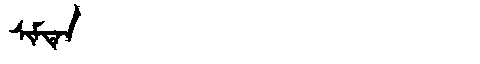
Manchu: ᠰᡳᠮᡨᡝᠨ
Romanization: SIMTEN